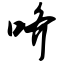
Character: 哜